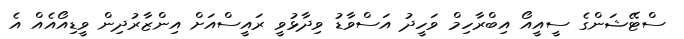
ސްޓޭޝަންގެ ސީއީއޯ އިބްރާހިމް ވަހީދު އަސްވާޑު ވިދާޅުވީ ރައީސްއަށް އިންޒާރުދިން ވީޑިއޯއެއް އެ